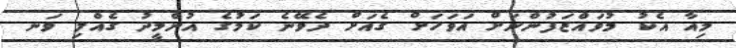
މިއާ އެކު މުވައްޒަފުންނަށް އަވަހަށް ގެއަށް ދެވޭނެ ކަމުގެ އުންމީދު ގެއްލި ވަނ